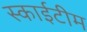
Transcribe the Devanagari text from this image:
स्‍काईटीम